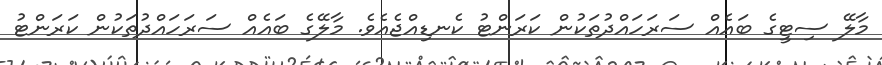
މާލޭ ސިޓީގެ ބައެއް ސަރަހައްދުތަކުން ކަރަންޓު ކެނޑިއްޖެއެވެ. މާލޭގެ ބައެއް ސަރަހައްދުތަކުން ކަރަންޓު